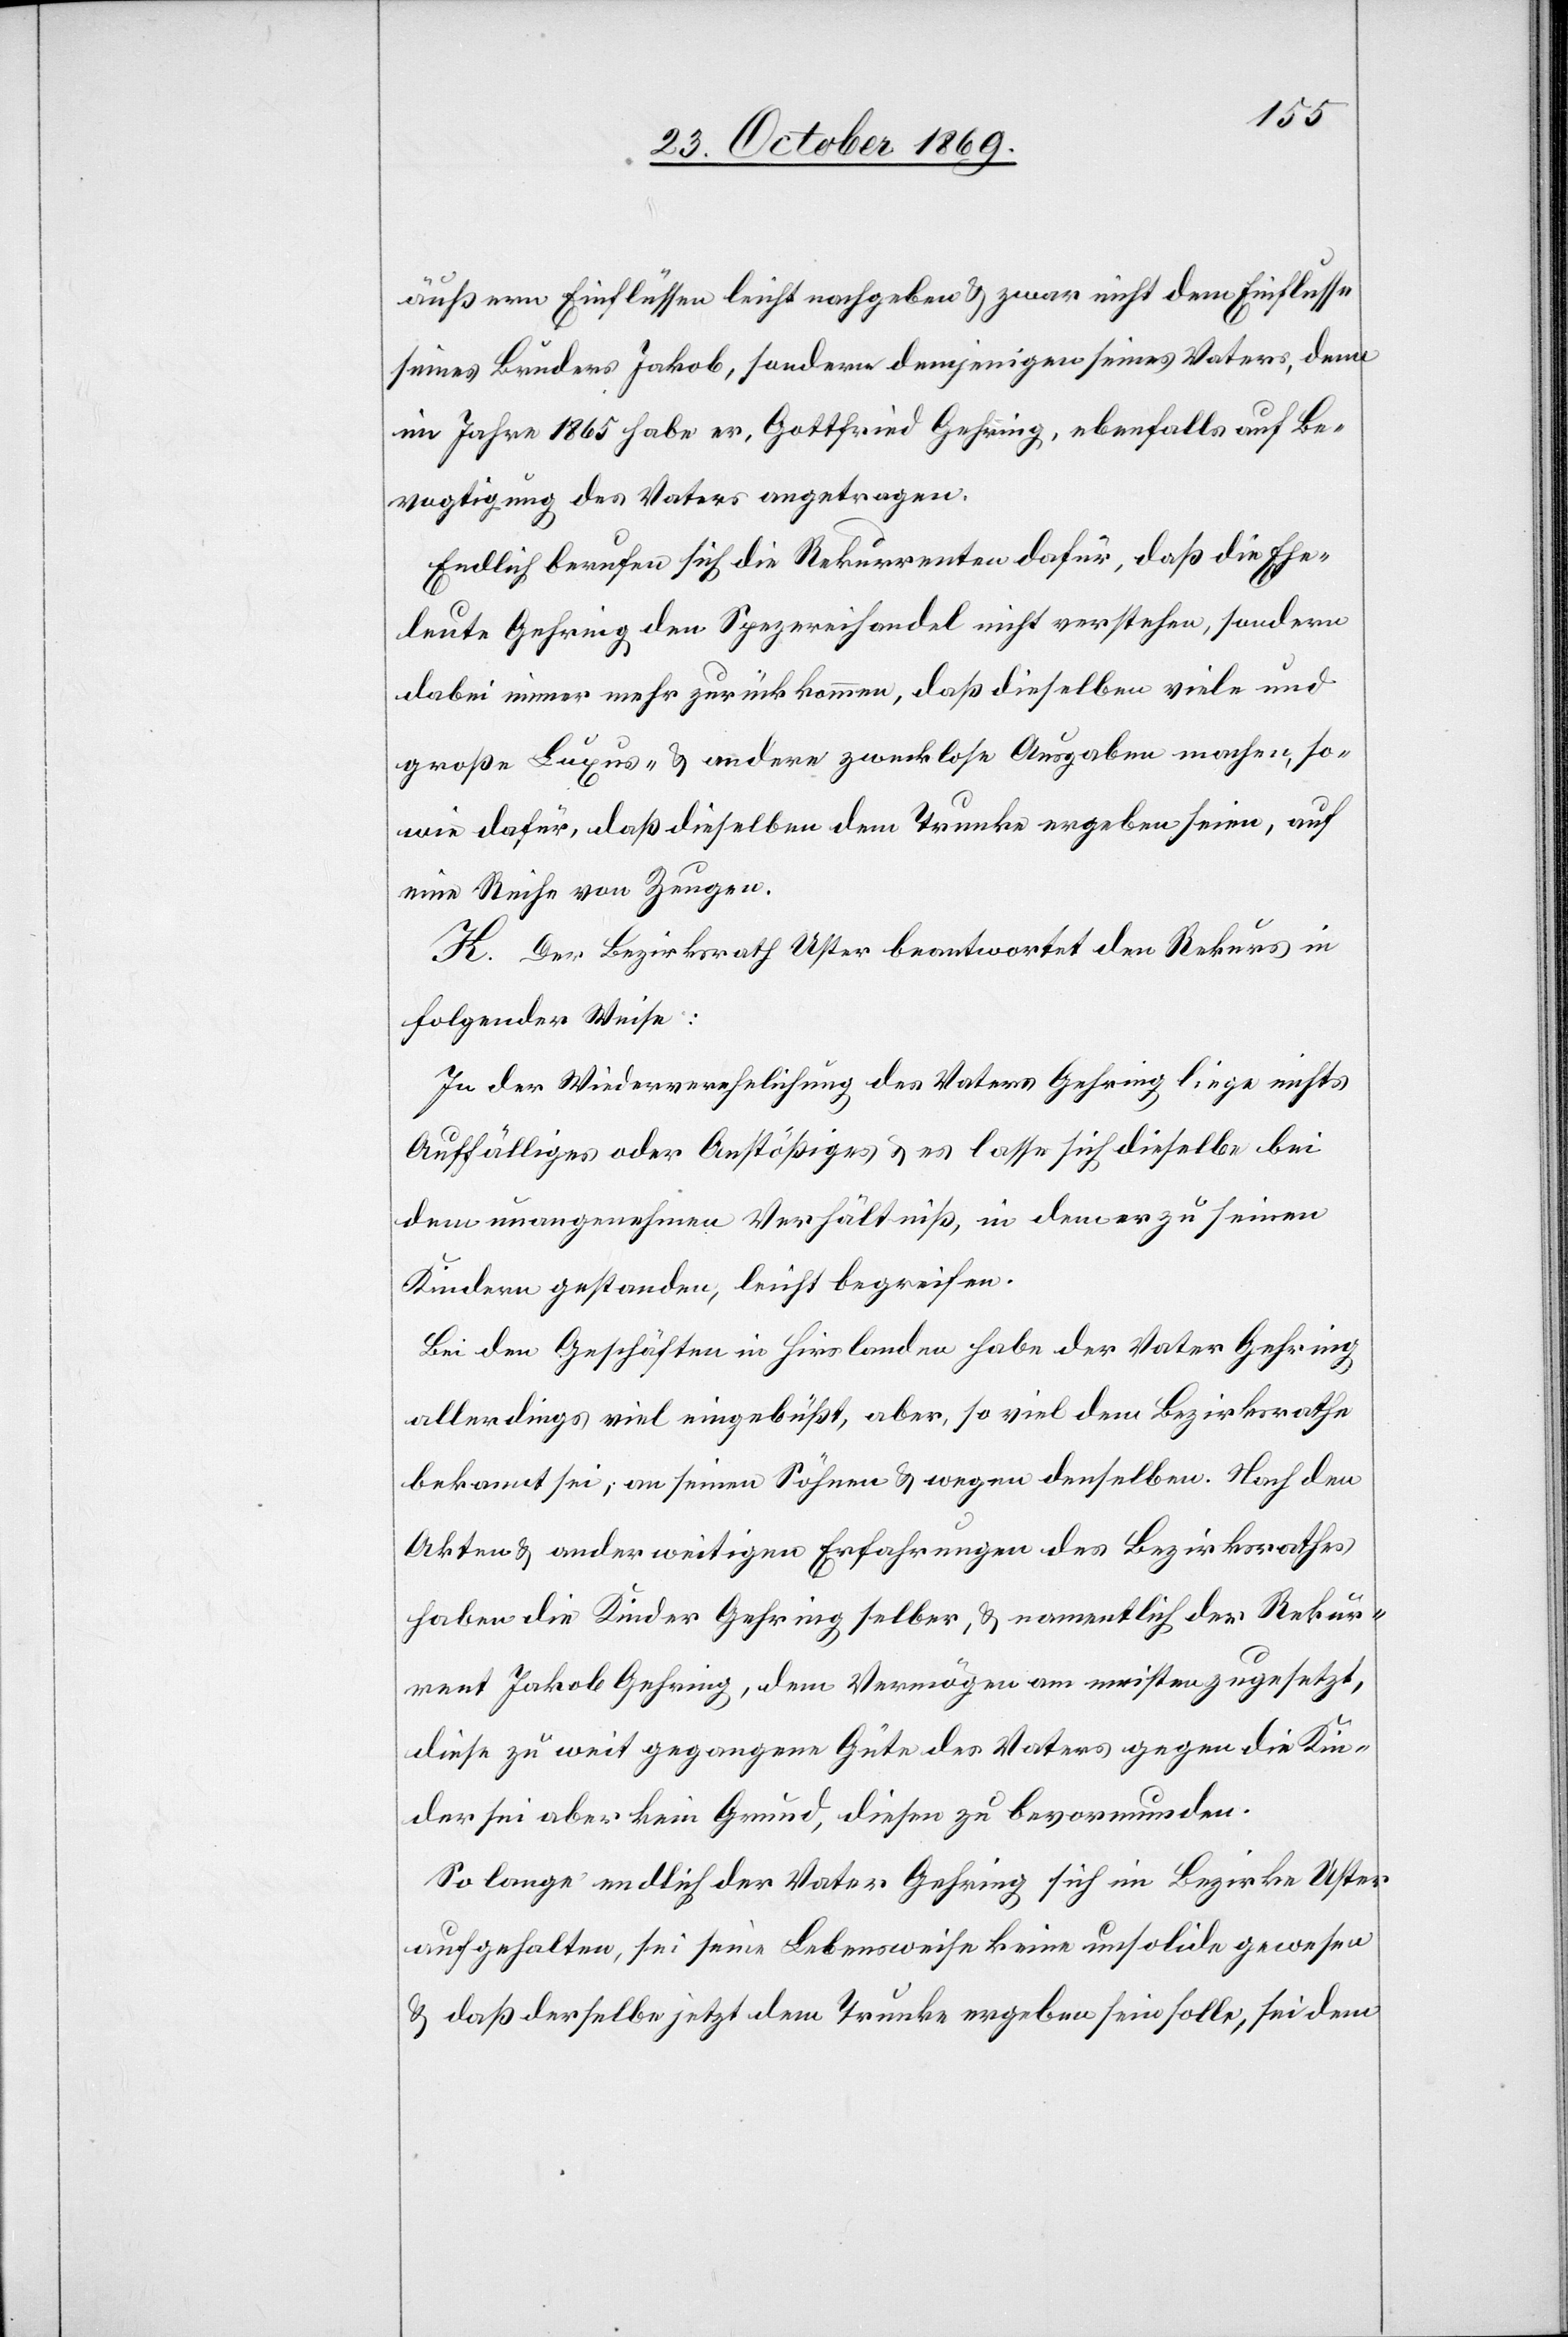
äußern Einflüssen leicht nachgeben & zwar nicht dem Einflusse
seines Bruders Jakob, sondern demjenigen seines Vaters, denn
im Jahre 1865 habe er, Gottfried Gehring, ebenfalls auf Be¬
vogtigung des Vaters angetragen.
Endlich berufen sich die Rekurrenten dafür, daß die Ehe¬
leute Gehring den Spezereihandel nicht verstehen, sondern
dabei immer mehr zurückkommen, daß dieselben viele und
große Luxus- & andere zwecklose Ausgaben machen, so¬
wie dafür, daß dieselben dem Trunke ergeben seien, auf
eine Reihe von Zeugen.
K. Der Bezirksrath Uster beantwortet den Rekurs in
folgender Weise:
In der Wiederverehelichung des Vaters Gehring liege nichts
Auffälliges oder Anstößiges & es lasse sich dieselbe bei
dem unangenehmen Verhältniß, in dem er zu seinen
Kindern gestanden, leicht begreifen.
Bei den Geschäften in Hirslanden habe der Vater Gehring
allerdings viel eingebüßt, aber, so viel dem Bezirksrathe
bekannt sei, an seinen Söhnen & wegen denselben. Nach den
Akten & anderweitigen Erfahrungen des Bezirksrathes
haben die Kinder Gehring selber, & namentlich der Rekur¬
rent Jakob Gehring, dem Vermögen am meisten zugesetzt,
diese zu weit gegangene Güte des Vaters gegen die Kin¬
der sei aber kein Grund, diesen zu bevormunden.
So lange endlich der Vater Gehring sich im Bezirke Uster
aufgehalten, sei seine Lebensweise keine unsolide gewesen
& daß derselbe jetzt dem Trunke ergeben sein solle, sei dem